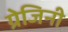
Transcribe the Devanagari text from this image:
ग्रेजिनी